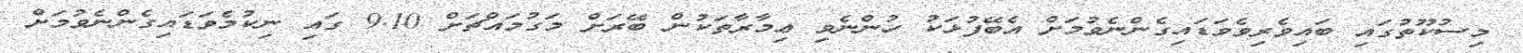
މިސުކޫތުގައި ބައިވެރިވެވަޑައިގެންނެވުމަށް އެބޭފުޅަކު ހުންނެވި ޢިމާރާތަކުން ބޭރަށް މަގުމައްޗަށް 9.10 ގައި ނިކުމެވަޑައިގެންނެވުމަށް